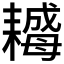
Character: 𦔣